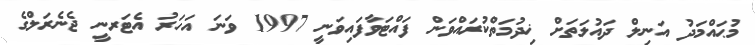
މުޙައްމަދު އަނިލް ދައުލަތަށް ޚިދުމަތްކުރައްވަން ފައްޓަވާފައިވަނީ 1997 ވަނަ އަހަރު އެޓަރނީ ޖެނެރަލްގެ